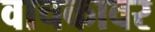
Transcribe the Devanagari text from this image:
वाचकावर